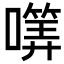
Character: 𡀜